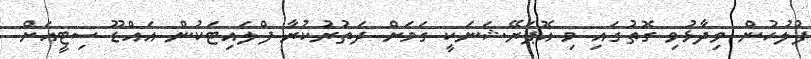
ފުލުހުން ވިދާޅުވި ގޮތުގައި މި އޮޕަރޭޝަނަކީ ގަމަށް ދަތުރުކުރާ ފްލައިޓަކުން އައްޑޫ ސިޓީއަށް